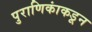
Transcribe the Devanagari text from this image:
पुराणिकांकडून